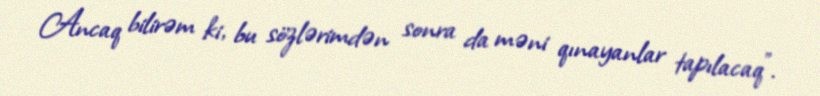
Ancaq bilirəm ki, bu sözlərimdən sonra da məni qınayanlar tapılacaq".